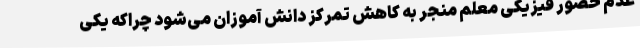
عدم حضور فیزیکی معلم منجر به کاهش تمرکز دانش آموزان می‌شود چراکه یکی